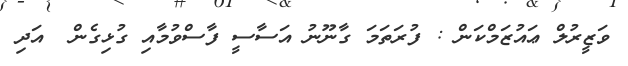
ވަޒީރުލް ޢައުޒަމްކަން : ފުރަތަމަ ގާނޫނު އަސާސީ ފާސްވުމާއި ގުޅިގެން  އަދި